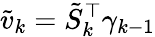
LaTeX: \tilde{v}_{k}=\tilde{S}_{k}^{\top}\gamma_{k-1}